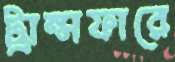
ট্রান্সফারে